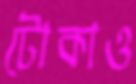
টোকাও